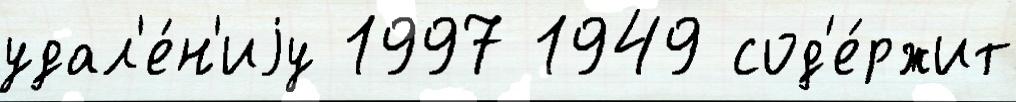
удал'е́н'иjу 1997 1949 сод'е́ржит